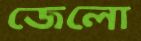
জেলো